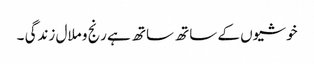
خوشیوں کے ساتھ ساتھ ہے رنج و ملال زندگی ۔